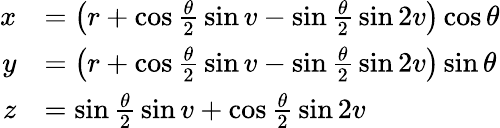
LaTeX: {\begin{array}{rl}{x}&{=\left(r+\cos{\frac{\theta}{2}}\sin v-\sin{\frac{\theta}{2}}\sin 2v\right)\cos\theta}\\ {y}&{=\left(r+\cos{\frac{\theta}{2}}\sin v-\sin{\frac{\theta}{2}}\sin 2v\right)\sin\theta}\\ {z}&{=\sin{\frac{\theta}{2}}\sin v+\cos{\frac{\theta}{2}}\sin 2v}\end{array}}